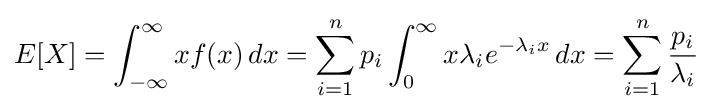
E[X]=\int _{-\infty }^{\infty }xf(x)\,dx=\sum _{i=1}^{n}p_{i}\int _{0}^{\infty }x\lambda _{i}e^{-\lambda _{i}x}\,dx=\sum _{i=1}^{n}{\frac {p_{i}}{\lambda _{i}}}